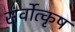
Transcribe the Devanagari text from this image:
सर्वोत्कृष